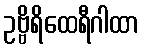
ဥဗ္ဗိရိထေရီဂါထာ